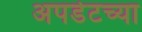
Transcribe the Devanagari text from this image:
अपडेटच्या